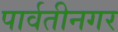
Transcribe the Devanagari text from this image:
पार्वतीनगर